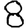
Digit: 8